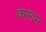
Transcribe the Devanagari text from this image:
कसान